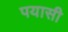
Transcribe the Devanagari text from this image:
पयासी